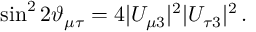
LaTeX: \sin ^ { 2 } 2 \vartheta _ { \mu \tau } = 4 | U _ { \mu 3 } | ^ { 2 } | U _ { \tau 3 } | ^ { 2 } \, .